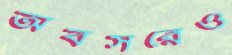
অবসরেও